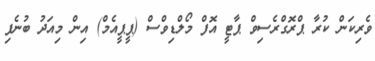
ވެރިކަން ކުރާ ޕްރޮގްރެސިވް ޕާޓީ އޮފް މޯލްޑިވްސް (ޕީޕީއެމް) އިން މިއަދު ބުނެފި